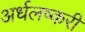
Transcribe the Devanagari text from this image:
अर्धलष्करी